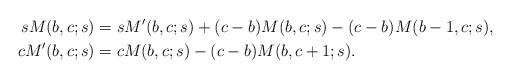
LaTeX: \begin{align*} sM(b,c;s) &= sM'(b,c;s) + (c-b)M(b,c;s) - (c-b)M(b-1,c;s),\\ cM'(b,c;s) &= cM(b,c;s) - (c-b)M(b,c+1;s). \end{align*}